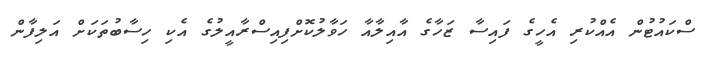
ސްކައުޓުން އެއްކުރި އެހީގެ ފައިސާ ޒަހާގެ އާއިލާއާ ހަވާލުކޮށްފިއިސްރާއީލުގެ އެކި ހިސާބުތަކަށް އަލިފާން